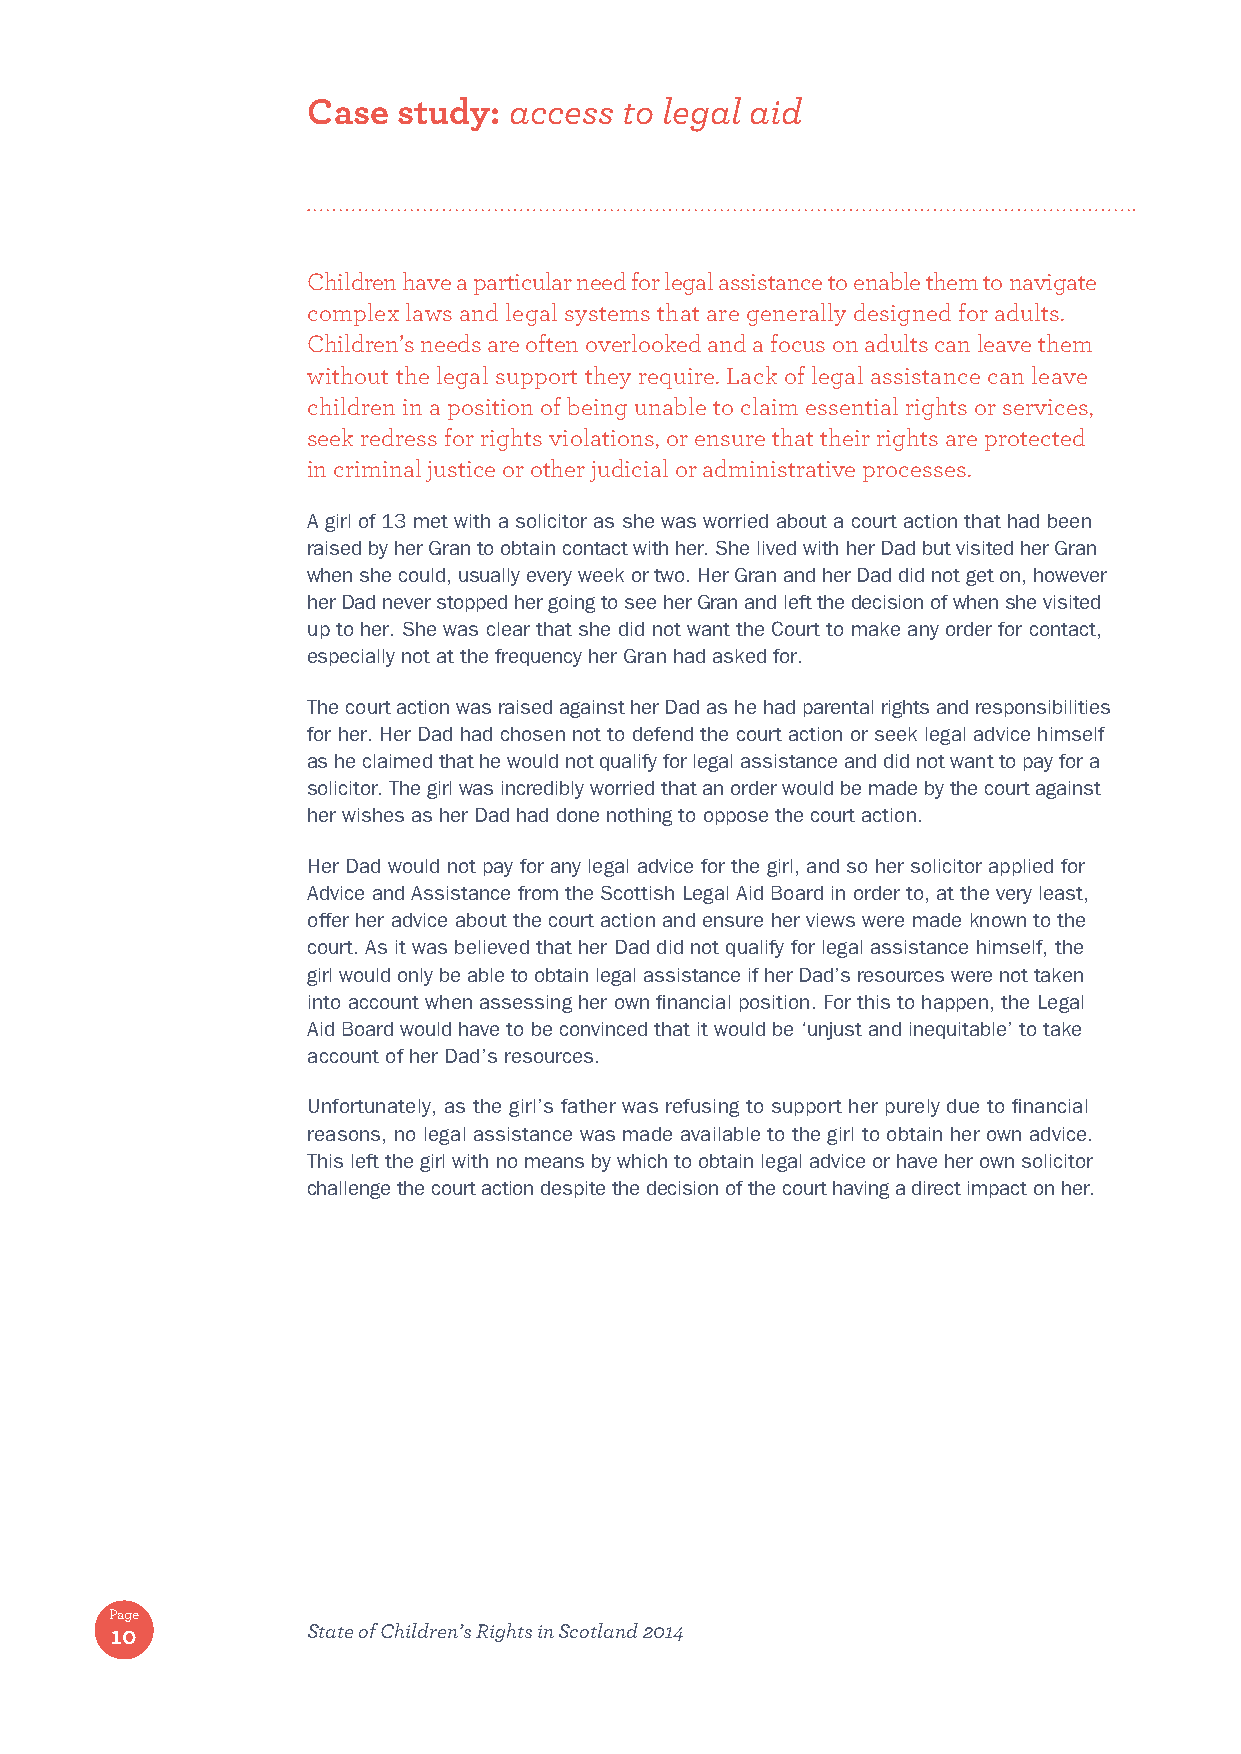
Case  study:  access to legal aid
 Children have a particular need for legal assistance to enable them to navigate
 complex laws and legal systems that are generally designed for adults.
 Children’s needs are often overlooked and a focus on adults can leave them
 without the legal support they require. Lack of legal assistance can leave
 children in a position of being unable to claim essential rights or services,
 seek redress for rights violations, or ensure that their rights are protected
 in criminal justice or other judicial or administrative processes.
 A girl of 13 met with a solicitor as she was worried about a court action that had been
 raised by her Gran to obtain contact with her. She lived with her Dad but visited her Gran
 when she could, usually every week or two. Her Gran and her Dad did not get on, however
 her Dad never stopped her going to see her Gran and left the decision of when she visited
 up to her. She was clear that she did not want the Court to make any order for contact,
 especially not at the frequency her Gran had asked for.
 The court action was raised against her Dad as he had parental rights and responsibilities
 for her. Her Dad had chosen not to defend the court action or seek legal advice himself
 as he claimed that he would not qualify for legal assistance and did not want to pay for a
 solicitor. The girl was incredibly worried that an order would be made by the court against
 her wishes as her Dad had done nothing to oppose the court action.
 Her Dad would not pay for any legal advice for the girl, and so her solicitor applied for
 Advice and Assistance from the Scottish Legal Aid Board in order to, at the very least,
 offer her advice about the court action and ensure her views were made known to the
 court. As it was believed that her Dad did not qualify for legal assistance himself, the
 girl would only be able to obtain legal assistance if her Dad’s resources were not taken
 into account when assessing her own financial position. For this to happen, the Legal
 Aid Board would have to be convinced that it would be ‘unjust and inequitable’ to take
 account of her Dad’s resources.
 Unfortunately, as the girl’s father was refusing to support her purely due to financial
 reasons, no legal assistance was made available to the girl to obtain her own advice.
 This left the girl with no means by which to obtain legal advice or have her own solicitor
 challenge the court action despite the decision of the court having a direct impact on her.
 Page
 10           State of Children’s Rights in Scotland 2014